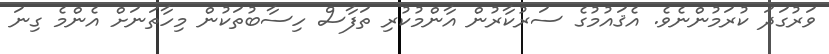
ވަރުގަދަ ކުރަމުންނެވެ. އެޤައުމުގެ ސަރުކާރުން އާންމުކުރި ތަފާސް ހިސާބުތަކުން މިހާތަނަށް އެންމެ ގިނަ